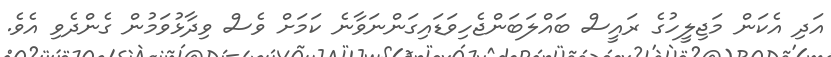
އަދި އެކަން މަޖިލީހުގެ ރައީސް ބައްލަބަންޖެހިވަޑައިގަންނަވާނެ ކަމަށް ވެސް ވިދާޅުވަމުން ގެންދެވި އެވެ.